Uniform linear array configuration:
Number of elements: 12
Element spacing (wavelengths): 0.75
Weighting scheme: uniform
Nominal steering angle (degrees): -60
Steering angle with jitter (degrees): -61.298
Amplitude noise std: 0.05
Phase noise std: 0.05

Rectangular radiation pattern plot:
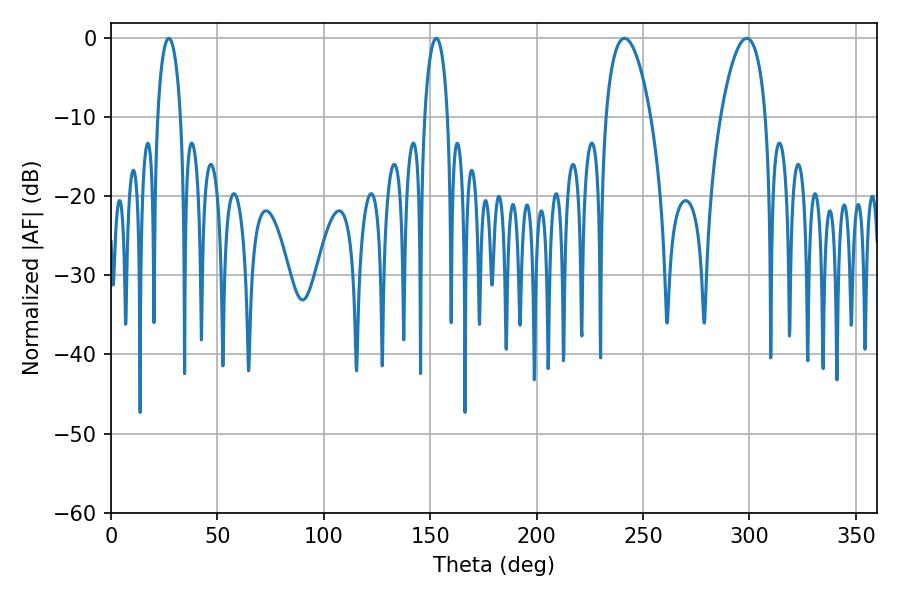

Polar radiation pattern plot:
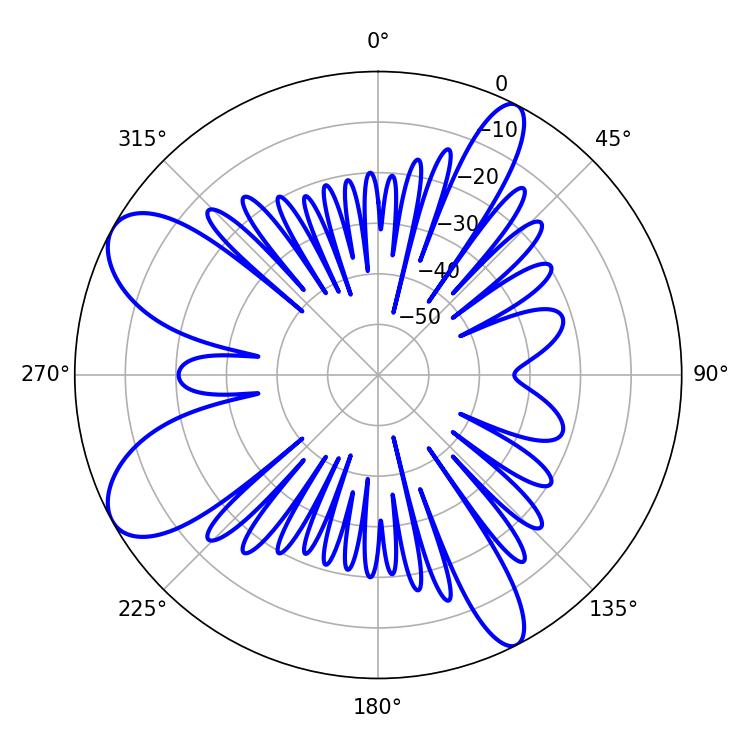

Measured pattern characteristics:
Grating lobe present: TRUE
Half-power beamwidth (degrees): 6.12
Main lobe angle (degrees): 27.18